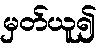
မှတ်ယူ၍